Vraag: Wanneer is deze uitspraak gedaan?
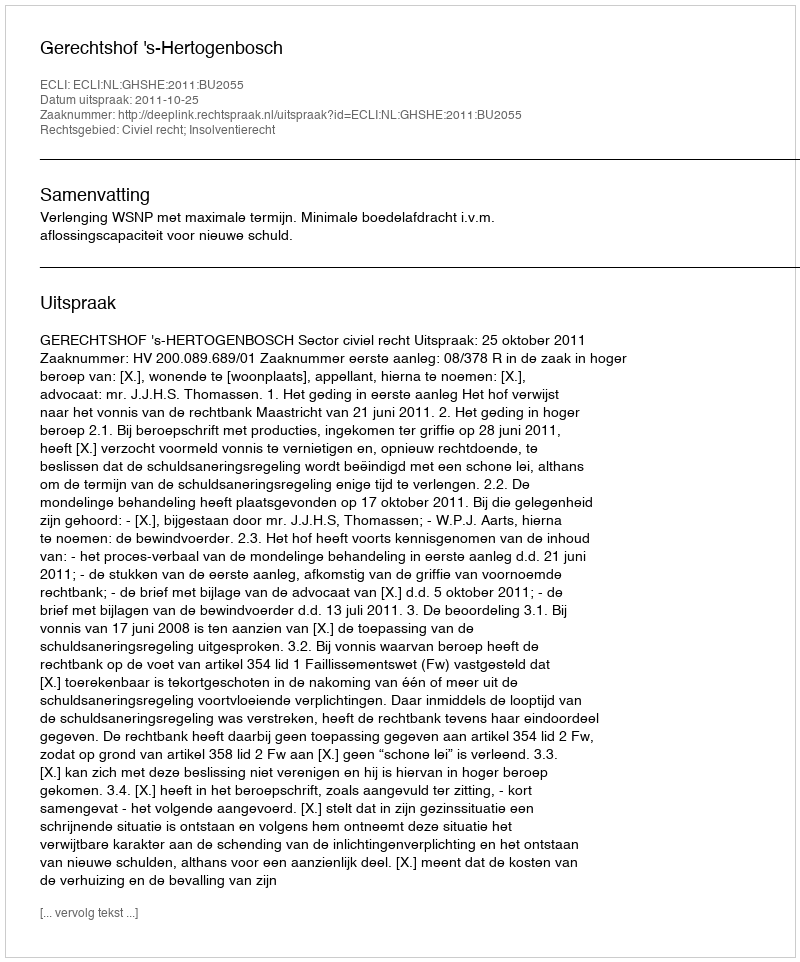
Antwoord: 2011-10-25